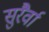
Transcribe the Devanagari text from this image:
सुरैर्वा